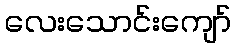
လေးသောင်းကျော်